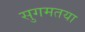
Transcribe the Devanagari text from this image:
सुगमतया